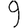
Digit: 9